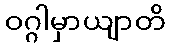
ဝဂ္ဂါမှာယျာတိ